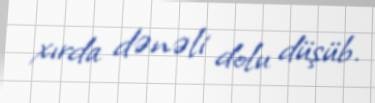
xırda dənəli dolu düşüb.